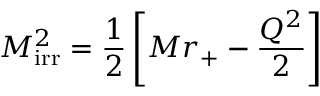
M _ { \mathrm { i r r } } ^ { 2 } = \frac { 1 } { 2 } \left[ M r _ { + } - \frac { Q ^ { 2 } } { 2 } \right]